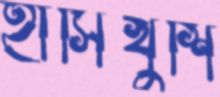
হাসিখুশি